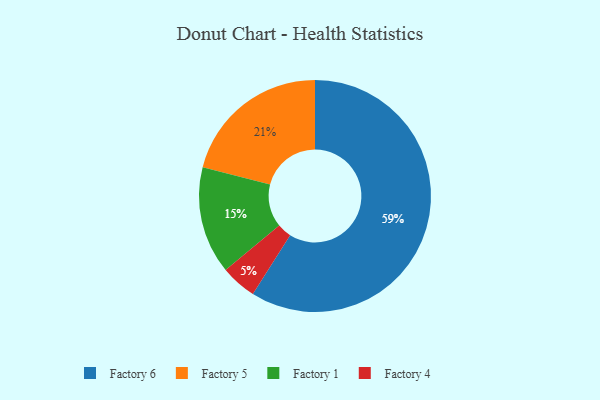
{"axis": {"x": "Category", "y": "Percentage"}, "legend": ["Factory 1", "Factory 4", "Factory 5", "Factory 6"], "data": [{"x": "Factory 6", "y": 59, "type": "Factory 6"}, {"x": "Factory 5", "y": 21, "type": "Factory 5"}, {"x": "Factory 4", "y": 5, "type": "Factory 4"}, {"x": "Factory 1", "y": 15, "type": "Factory 1"}]}